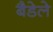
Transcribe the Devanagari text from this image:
बैडेले